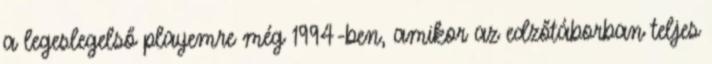
a legeslegelső playemre még 1994-ben, amikor az edzőtáborban teljes